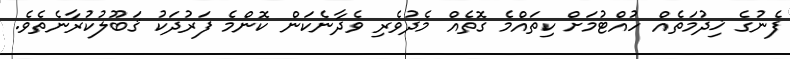
ފެނުގެ ޚިދުމަތެއް ހުއްޓުމަށް ކިތައްމެ ގޮތެއް މެދުވެރި ވެދާނެކަން ކޮންމެ ފަރުދަކު ޤަބޫލުކުރާނެތެވެ.